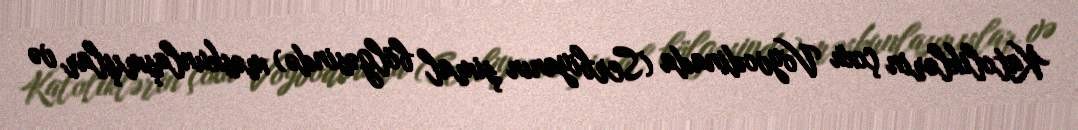
Katoliklərin çoxu Voyvodinada (Serbiyanın şimal bölgəsində) məskunlaşmışlar və